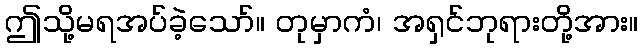
ဤသို့မရအပ်ခဲ့သော်။ တုမှာကံ၊ အရှင်ဘုရားတို့အား။